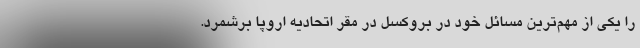
را یکی از مهم‌ترین مسائل خود در بروکسل در مقر اتحادیه اروپا برشمرد.